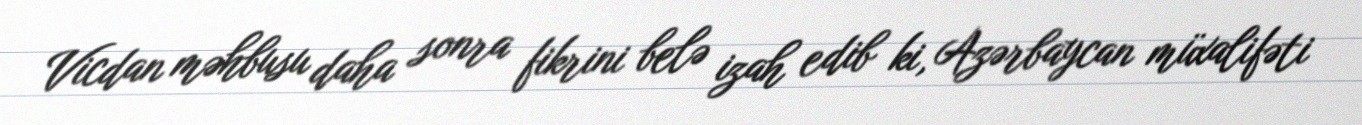
Vicdan məhbusu daha sonra fikrini belə izah edib ki, Azərbaycan müxalifəti